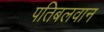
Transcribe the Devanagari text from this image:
पतिबलवान